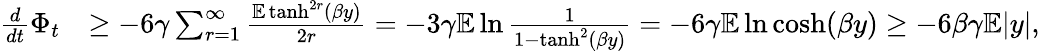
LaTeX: \begin{array}{rl}{\frac{d}{dt}\Phi_{t}}&{\geq-6\gamma\sum_{r=1}^{\infty}\frac{\mathbb E\operatorname{tanh}^{2r}(\beta y)}{2r}=-3\gamma\mathbb E\ln\frac{1}{1-\operatorname{tanh}^{2}(\beta y)}=-6\gamma\mathbb E\ln\cosh(\beta y)\geq-6\beta\gamma\mathbb E|y|,}\end{array}